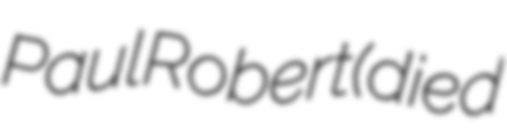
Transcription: Paul Robert (died